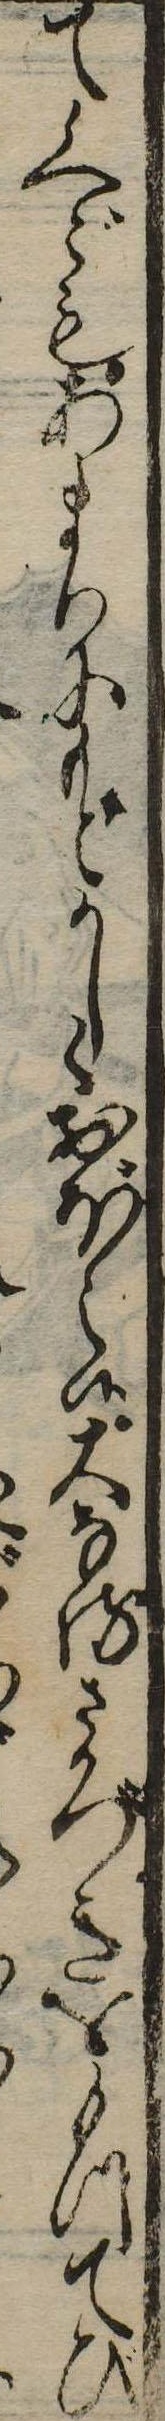
て候へどもあまりにもどかしくおぼえ候大なるさかづきをもつてひ